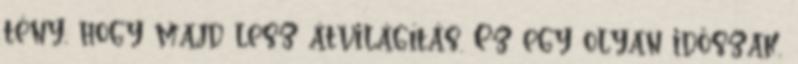
tény, hogy majd lesz átvilágítás. Ez egy olyan időszak,